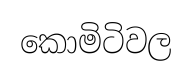
කොමිටිවල